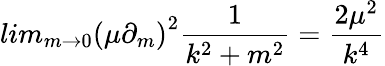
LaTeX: lim_{m\rightarrow 0}{(\mu\partial_{m})}^{2}\frac{1}{k^{2}+m^{2}}=\frac{2\mu^{2}}{k^{4}}